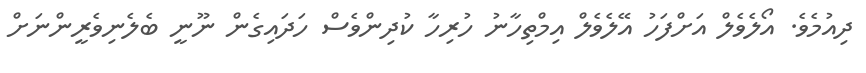
ދިއުމެވެ. އޯލެވެލް އަށްފަހު އޭލެވެލް އިމްތިހާނު ހުރިހާ ކުދިންވެސް ހަދައިގެން ނޫނީ ބެލެނިވެރީންނަށް